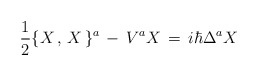
\begin{align*}{1\over 2} \{ X \,,\, X\,\}^a \,-\,V^a X \,=\,i\hbar \Delta^a X\end{align*}